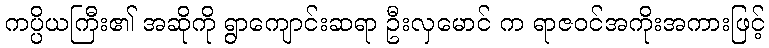
ကပ္ပိယကြီး၏ အဆိုကို ရွာကျောင်းဆရာ ဦးလှမောင် က ရာဇဝင်အကိုးအကားဖြင့်